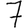
Digit: 7